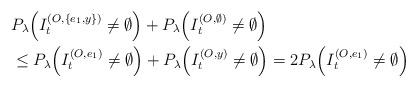
LaTeX: \begin{align*}&P_\lambda\Big(I_t^{(O,\{e_1,y\})}\neq \emptyset\Big)+P_\lambda\Big(I_t^{(O,\emptyset)}\neq\emptyset\Big)\\&\leq P_\lambda\Big(I_t^{(O,e_1)}\neq \emptyset\Big)+P_\lambda\Big(I_t^{(O,y)}\neq\emptyset\Big)=2P_\lambda\Big(I_t^{(O,e_1)}\neq \emptyset\Big)\end{align*}